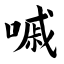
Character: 嘁